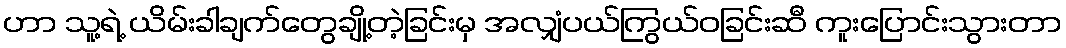
ဟာ သူ့ရဲ့ ယိမ်းခါချက်တွေချို့တဲ့ခြင်းမှ အလျှံပယ်ကြွယ်ဝခြင်းဆီ ကူးပြောင်းသွားတာ